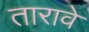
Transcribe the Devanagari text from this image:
तारावे